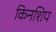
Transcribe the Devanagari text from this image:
किनशिप